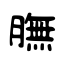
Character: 膴